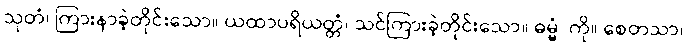
သုတံ၊ ကြားနာခဲ့တိုင်းသော။ ယထာပရိယတ္တံ၊ သင်ကြားခဲ့တိုင်းသော။ ဓမ္မံ၊ ကို။ စေတသာ၊